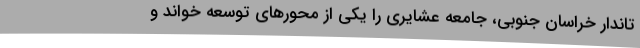
تاندار خراسان جنوبی، جامعه عشایری را یکی از محورهای توسعه خواند و